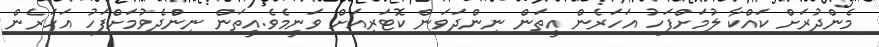
މެންދުރަށް ކައްކާ ލުމަށްފަހު އަހަރެން އީތަން ނިންދަވަން ކޮޓަރިއަށް ވަނީމެވެ.އީތަން ނިންްދެވުމަށްފަހު އަހަރެން